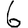
Digit: 6